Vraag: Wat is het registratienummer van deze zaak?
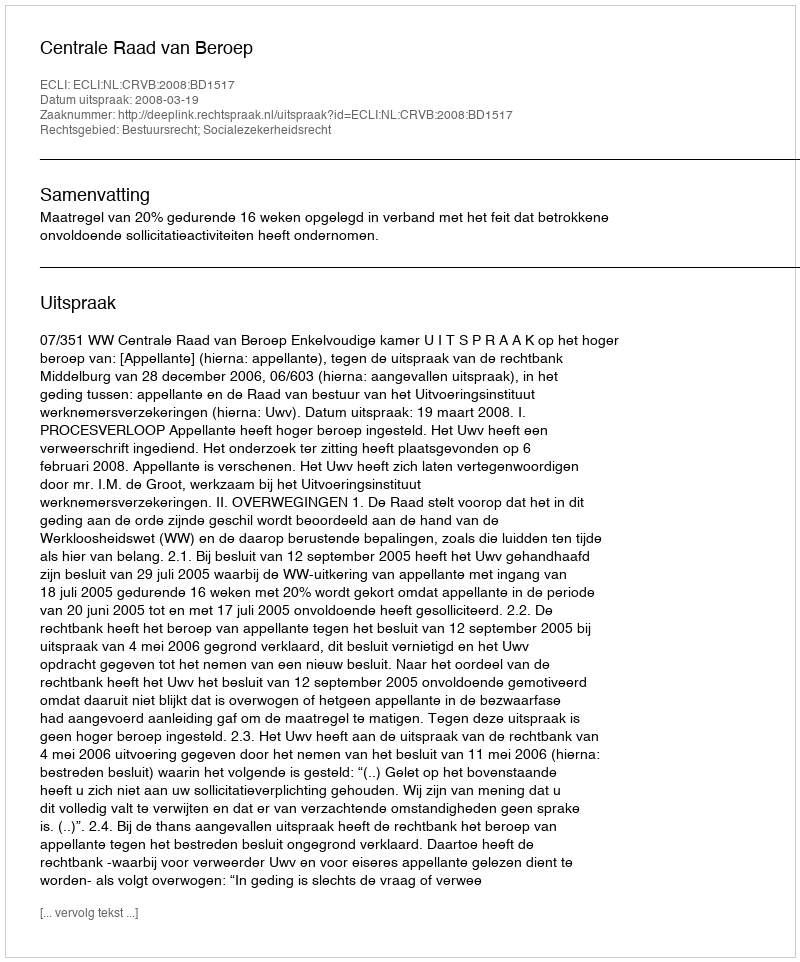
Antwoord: http://deeplink.rechtspraak.nl/uitspraak?id=ECLI:NL:CRVB:2008:BD1517